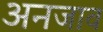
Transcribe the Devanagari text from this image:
अनजाव